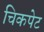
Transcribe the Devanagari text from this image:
चिकपेट